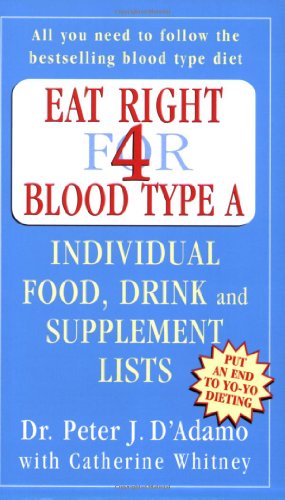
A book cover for Eat Right for Blood Type a; Peter J. D'Adamo; Health, Fitness & Dieting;